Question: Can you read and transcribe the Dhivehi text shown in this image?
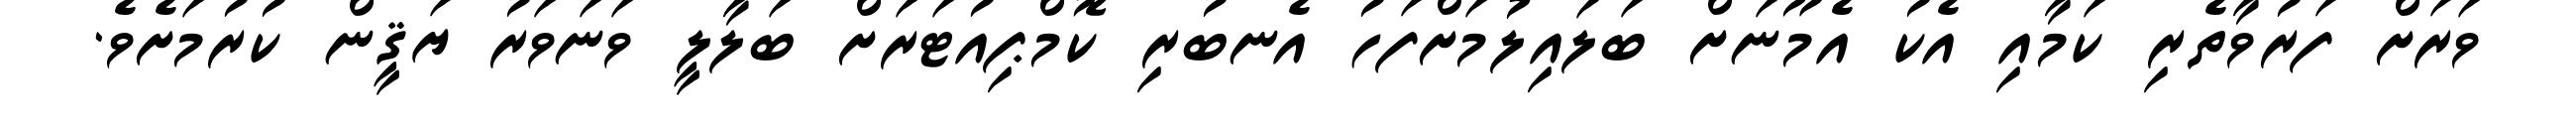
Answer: ވަރަށް ފަރުވާތެރި ކަމާއި އެކު އެމޫނަށް ބަލައިލުމަށްފަހު އެނބުރި ކޮމްޕިއުޓަރަށް ބަލާލީ ވަނަވަރު ޔަޤީން ކުރުމަށެވެ.